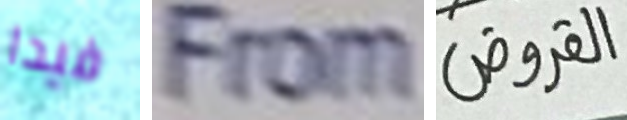
فيدا From القروض